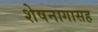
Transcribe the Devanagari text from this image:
शेषनागासह